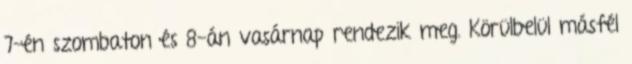
7-én szombaton és 8-án vasárnap rendezik meg. Körülbelül másfél